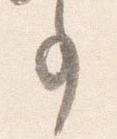
事